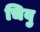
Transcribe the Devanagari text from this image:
चिवु